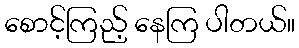
စောင့်ကြည့် နေကြ ပါတယ်။